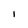
Character: I